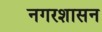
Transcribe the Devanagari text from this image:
नगरशासन